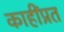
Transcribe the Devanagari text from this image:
काहींप्रत